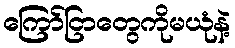
ကြော်ငြာတွေကိုမယုံနဲ့